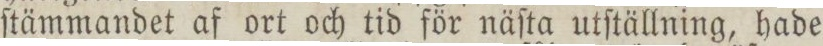
ſtämmandet af ort och tid för näſta utſtällning, hade